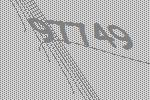
97749